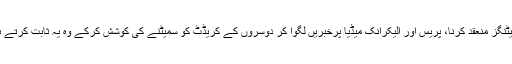
موقع سے فائدہ اٹھانے کے لئے میٹنگز منعقد کرنا، پریس اور الیکرانک میڈیا پرخبریں لگوا کر دوسروں کے کریڈٹ کو سمیٹنے کی کوشش کرکے وہ یہ ثابت کرتے ہیں کہ وہ قوم کے بہت ہمدرد ہیں۔